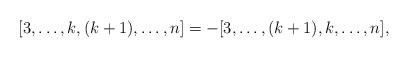
LaTeX: \begin{align*}[3,\ldots,k, (k+1),\ldots,n]=-[3,\ldots,(k+1),k,\ldots,n],\end{align*}